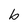
Character: b